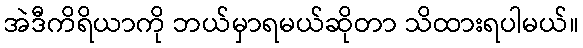
အဲဒီကိရိယာကို ဘယ်မှာရမယ်ဆိုတာ သိထားရပါမယ်။